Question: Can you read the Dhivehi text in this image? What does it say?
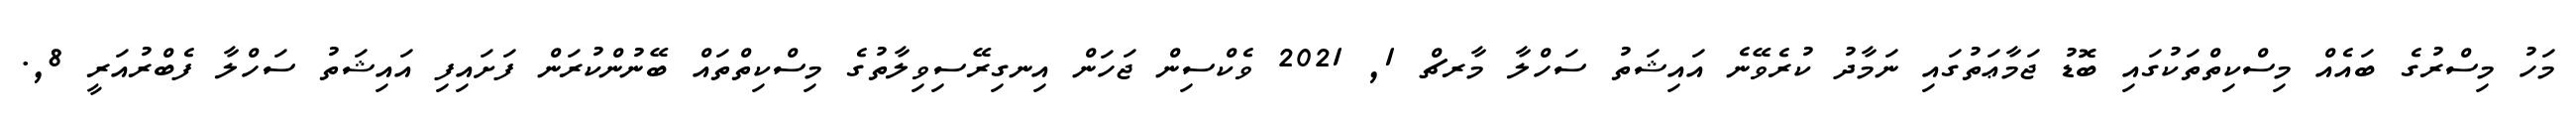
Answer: މަހު މިސްރުގެ ބައެއް މިސްކިތްތަކުގައި ބޮޑު ޖަމާޢަތުގައި ނަމާދު ކުރެވޭނެ އައިޝަތު ސަހްލާ މާރޗް 1, 2021 ވެކްސިން ޖަހަން އިނގިރޭސިވިލާތުގެ މިސްކިތްތައް ބޭނުންކުރަން ފަށައިފި އައިޝަތު ސަހްލާ ފެބްރުއަރީ 8,.